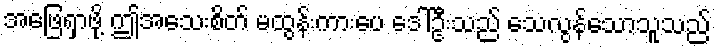
အဖြေရှာဖို့ ဤအသေးစိတ် မထွန်းကားပေ ဒေါ်ဦးသည် သေလွန်သောသူသည်